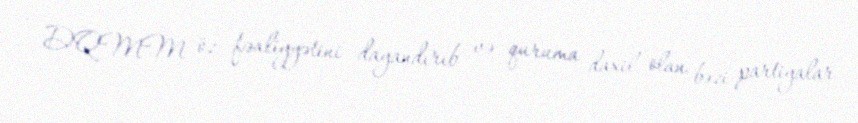
- DQMM öz fəaliyyətini dayandırıb və quruma daxil olan bəzi partiyalar